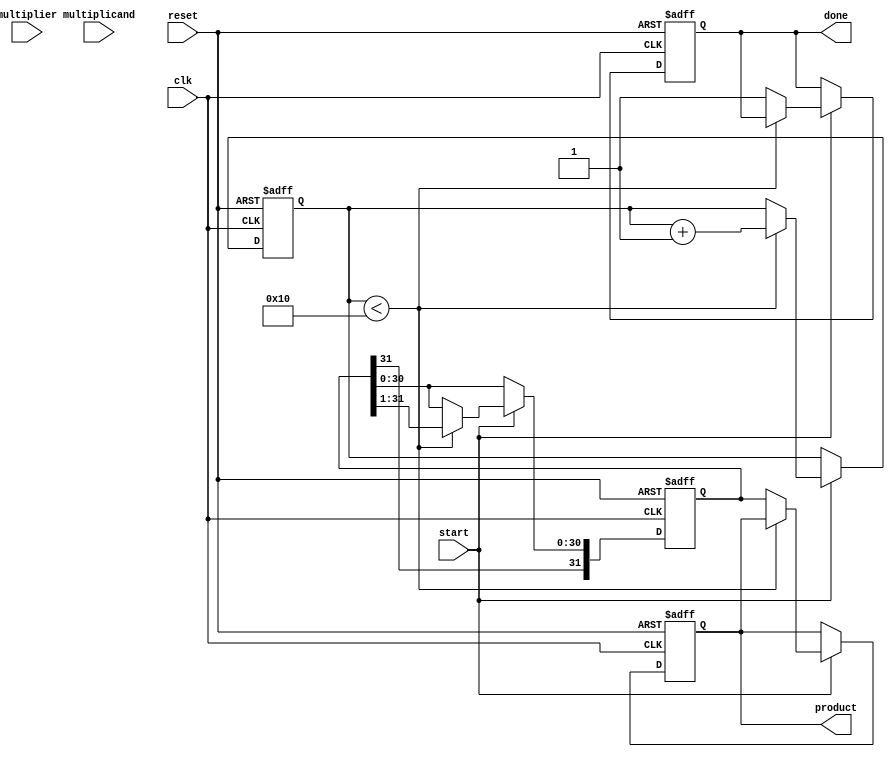
module booth_multiplier (
    input wire clk,          // Clock signal
    input wire reset,        // Reset signal
    input wire start,        // Start signal
    input wire signed [15:0] multiplicand, // 16-bit signed multiplicand
    input wire signed [15:0] multiplier,    // 16-bit signed multiplier
    output reg signed [31:0] product,        // 32-bit signed product output
    output reg done         // Done signal
);

    reg signed [15:0] A;    // Multiplicand
    reg signed [15:0] Q;    // Multiplier
    reg Q_1;                // Previous bit of multiplier
    reg signed [31:0] M;    // Accumulator
    reg [4:0] count;        // Bit counter

    always @(posedge clk or posedge reset) begin
        if (reset) begin
            // Initialize registers
            A <= multiplicand;
            Q <= multiplier;
            Q_1 <= 0;
            M <= 0;
            count <= 0;
            product <= 0;
            done <= 0;
        end else if (start) begin
            if (count < 16) begin
                // Check the last two bits (Q0 and Q-1)
                case ({Q[0], Q_1})
                    2'b01: M <= M + A; // Add A to M
                    2'b10: M <= M - A; // Subtract A from M
                    default: ;          // Do nothing for 00 and 11
                endcase

                // Right shift M and Q
                {M, Q} <= {M[31], M, Q} >> 1; // Shift M and Q together
                Q_1 <= Q[0]; // Update Q_1 to the last bit of Q
                count <= count + 1; // Increment the bit counter
            end else begin
                // Operation complete
                product <= M; // Store the final product
                done <= 1;    // Indicate done
            end
        end
    end
endmodule